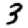
Digit: 3